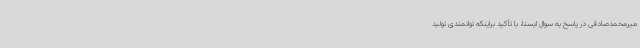
میرمحمدصادقی در پاسخ به سوال ایسنا، با تأکید براینکه توانمندی تولید